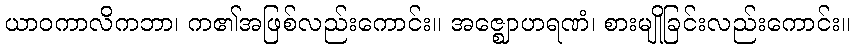
ယာဝကာလိကဘာ၊ က၏အဖြစ်လည်းကောင်း။ အဇ္ဈောဟရဏံ၊ စားမျိုခြင်းလည်းကောင်း။